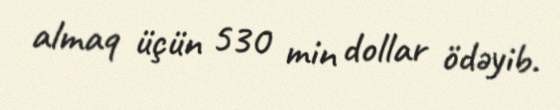
almaq üçün 530 min dollar ödəyib.